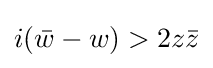
i({\bar {w}}-w)>2z{\bar {z}}